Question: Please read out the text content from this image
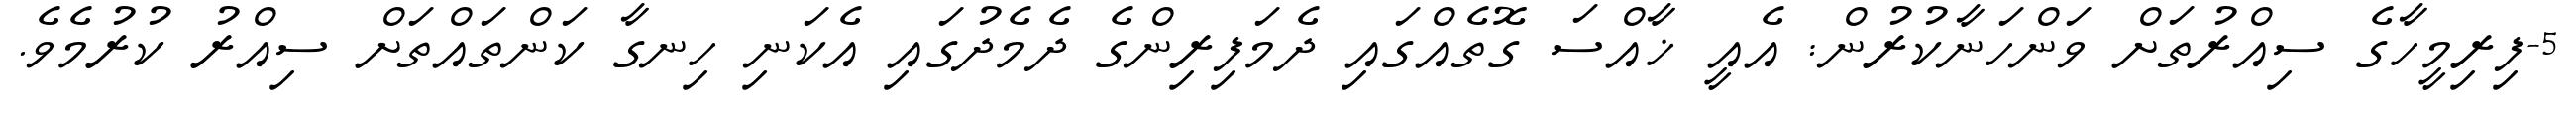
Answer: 5-ފިރިމީހާގެ ސިއްރުތަށް ވަންހަނާކުރުން: އެއީ ޚާއްސަ ގޮތެއްގައި ދެމަފިރިންގެ ދެމެދުގައި އެކަނި ހިނގާ ކަންތައްތަށް ސިއްރު ކުރުމެވެ.